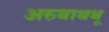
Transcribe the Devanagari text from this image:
अरुबाथथू